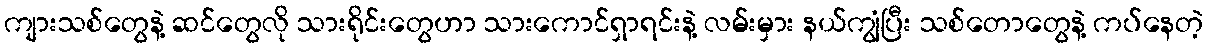
ကျားသစ်တွေနဲ့ ဆင်တွေလို သားရိုင်းတွေဟာ သားကောင်ရှာရင်းနဲ့ လမ်းမှား နယ်ကျွံပြီး သစ်တောတွေနဲ့ ကပ်နေတဲ့